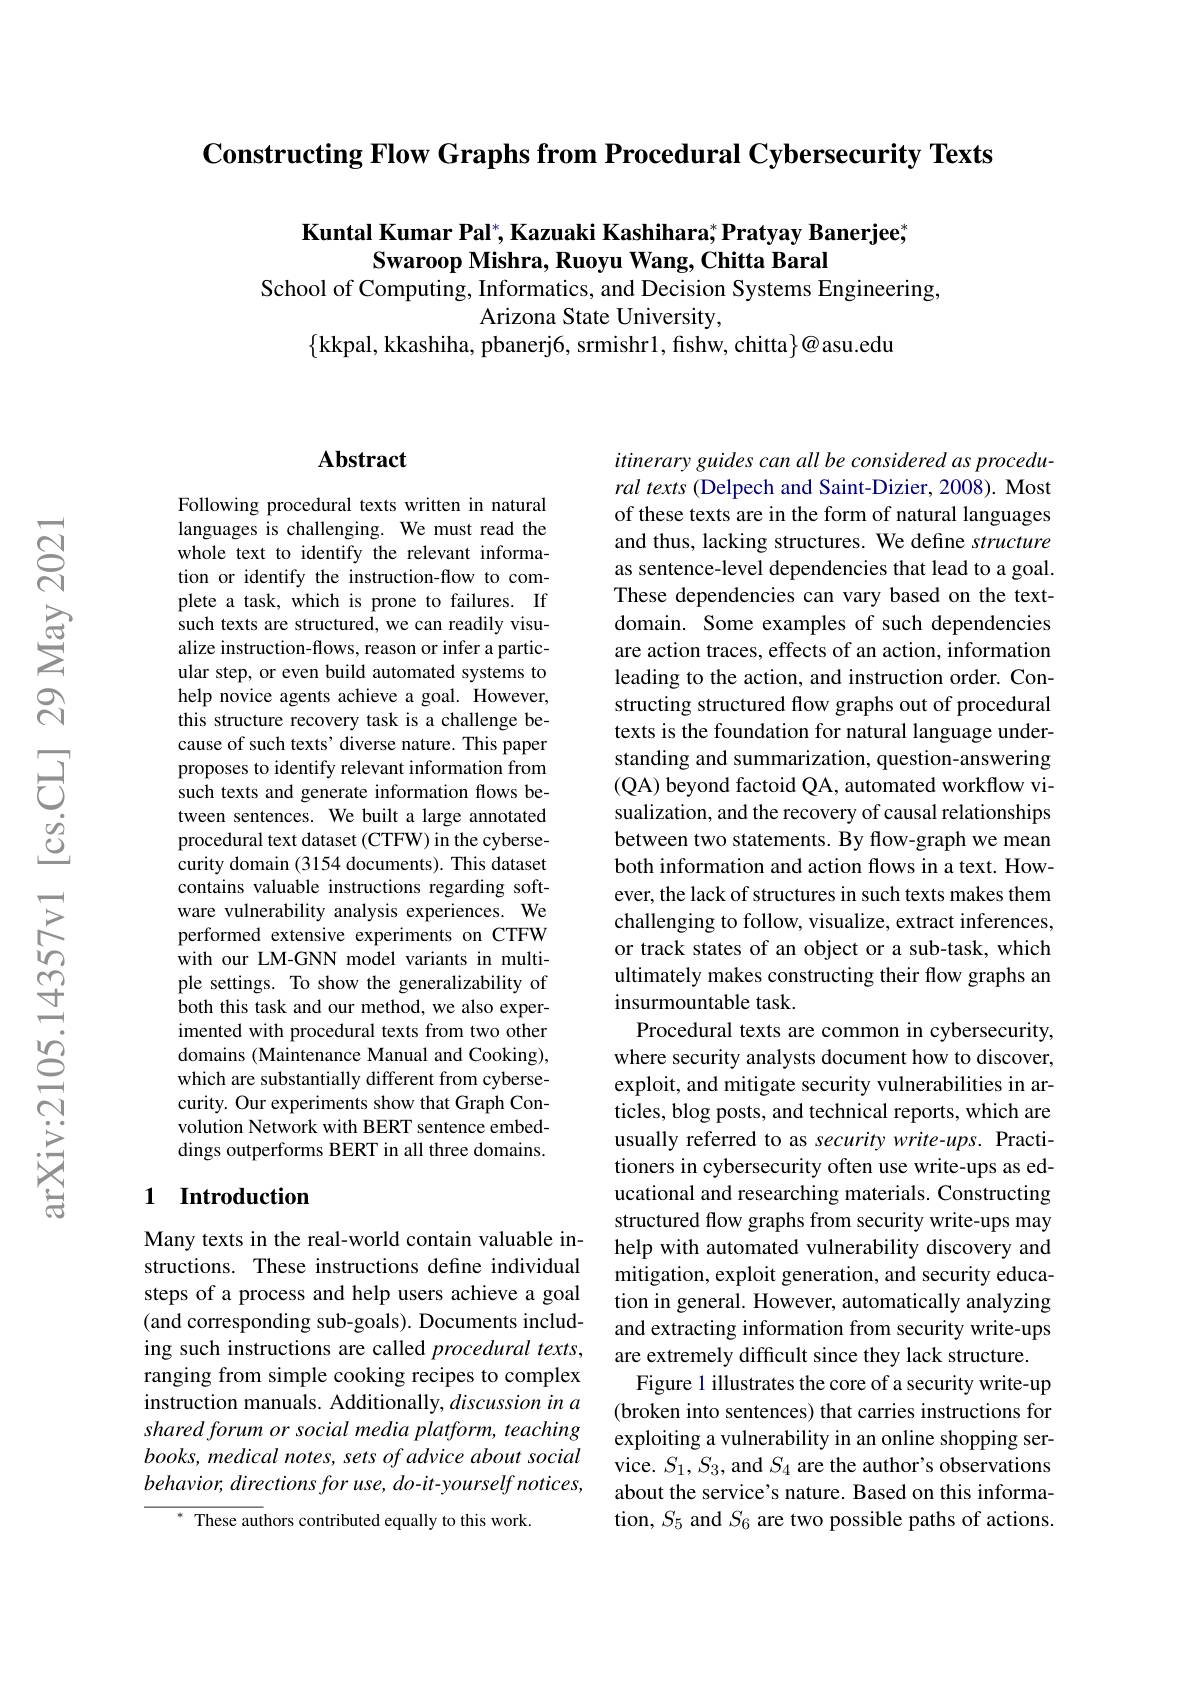
$\textbf{Constructing Flow Graphs from Procedural Cybersecurity Texts}$

Kuntal Kumar Pal$^*,\textbf{Kazuaki Kashihara;}^*\textbf{Pratyay Banerjee;}^*$
Swaroop Mishra, Ruoyu Wang, Chitta Baral
School of Computing, Informatics, and Decision Systems Engineering,

Arizona State University,
$\{$kkpal, kkashiha, pbanerj6, srmishr1, fishw, chitta$\}@$asu.edu

### $\mathbf{Abstract}$

Following procedural texts written in natural languages is challenging. We must read the whole text to identify the relevant information or identify the instruction-flow to complete a task, which is prone to failures. If such texts are structured, we can readily visualize instruction-flows, reason or infer a particular step, or even build automated systems to help novice agents achieve a goal. However, this structure recovery task is a challenge because of such texts' diverse nature. This paper proposes to identify relevant information from such texts and generate information flows between sentences. We built a large annotated procedural text dataset (CTFW) in the cybersecurity domain (3154 documents). This dataset contains valuable instructions regarding software vulnerability analysis experiences. We performed extensive experiments on CTFW with our LM-GNN model variants in multiple settings. To show the generalizability of both this task and our method, we also experimented with procedural texts from two other domains (Maintenance Manual and Cooking), which are substantially different from cybersecurity. Our experiments show that Graph Convolution Network with BERT sentence embeddings outperforms BERT in all three domains.

### 1 Introduction

Many texts in the real-world contain valuable instructions. These instructions define individual steps of a process and help users achieve a goal (and corresponding sub-goals). Documents including such instructions are called procedural texts, ranging from simple cooking recipes to complex instruction manuals. Additionally, discussion in a shared forum or social media platform, teaching books, medical notes, sets of advice about social $behavior, directions\textit{for use, do- it- yourself notices, }$
These authors contributed equally to this work.

itinerary guides can all be considered as procedural texts (Delpech and Saint-Dizier, 2008). Most of these texts are in the form of natural languages and thus, lacking structures. We define structure as sentence-level dependencies that lead to a goal. These dependencies can vary based on the textdomain. Some examples of such dependencies are action traces, effects of an action, information leading to the action, and instruction order. Constructing structured flow graphs out of procedural texts is the foundation for natural language understanding and summarization, question-answering (QA) beyond factoid QA, automated workflow visualization, and the recovery of causal relationships between two statements. By flow-graph we mean both information and action flows in a text. However, the lack of structures in such texts makes them challenging to follow, visualize, extract inferences, or track states of an object or a sub-task, which ultimately makes constructing their flow graphs an insurmountable task.
Procedural texts are common in cybersecurity, where security analysts document how to discover, exploit, and mitigate security vulnerabilities in articles, blog posts, and technical reports, which are usually referred to as security write-ups. Practitioners in cybersecurity often use write-ups as educational and researching materials. Constructing structured flow graphs from security write-ups may help with automated vulnerability discovery and mitigation, exploit generation, and security education in general. However, automatically analyzing and extracting information from security write-ups are extremely difficult since they lack structure.
Figure 1 illustrates the core of a security write-up (broken into sentences) that carries instructions for exploiting a vulnerability in an online shopping service. $S_1,S_3$, and $S_4$ are the author's observations about the service's nature. Based on this information, $S_5$ and $S_6$ are two possible paths of actions.